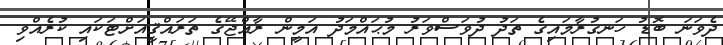
ދެވަނަ ބޮޑު ހަނގުރާމައިގެ ތަދު ދުވަސްވަރު މުޙައްމަދު އަމީން ރާއްޖޭގެ ތަރައްޤީއަށްޓަކައި ކުރެއްވި